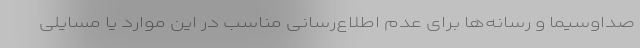
صداوسیما و رسانه‌ها برای عدم اطلاع‌رسانی مناسب در این موارد یا مسایلی